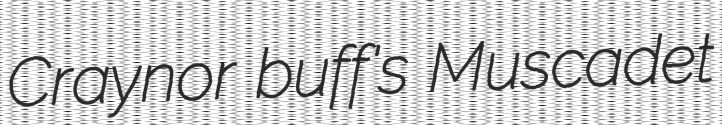
Craynor buff's Muscadet